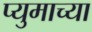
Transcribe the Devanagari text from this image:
प्युमाच्या